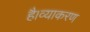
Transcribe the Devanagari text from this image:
है।व्याकरण